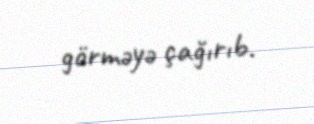
görməyə çağırıb.